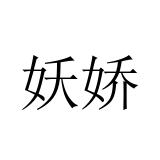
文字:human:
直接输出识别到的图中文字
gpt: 妖娇